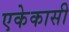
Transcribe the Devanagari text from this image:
एकेकासी